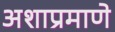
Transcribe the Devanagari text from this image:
अशाप्रमाणे